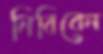
নিবিবেন